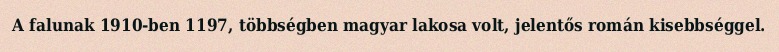
A falunak 1910-ben 1197, többségben magyar lakosa volt, jelentős román kisebbséggel.